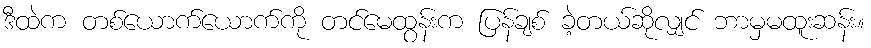
ဒီထဲက တစ်ယောက်ယောက်ကို တင်မေထွန်းက ပြန်ချစ် ခဲ့တယ်ဆိုလျှင် ဘာမှမထူးဆန်း။